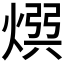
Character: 𭵡